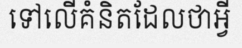
ទៅលើគំនិតដែលថាអ្វី